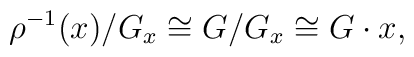
\rho^{-1}(x)/G_x\cong G/G_x\cong  G\cdot x,